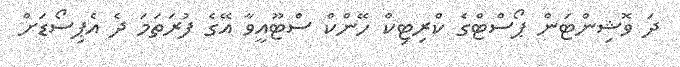
ދަ ވޮޝިންޓަން ޕޯސްޓްގެ ކްރިޓިކް ހޭންކް ސްޓޫއީވާ އޭގެ ފުރަތަމަ ދެ އެޕިސޯޑަށް